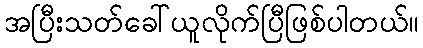
အပြီးသတ်ခေါ်ယူလိုက်ပြီဖြစ်ပါတယ်။